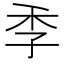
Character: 𮱜